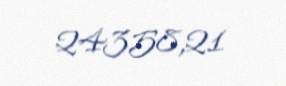
24358,21